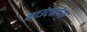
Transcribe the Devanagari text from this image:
काउंट्यांच्या